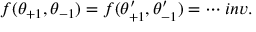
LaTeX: f ( \theta _ { + 1 } , \theta _ { - 1 } ) = f ( \theta _ { + 1 } ^ { \prime } , \theta _ { - 1 } ^ { \prime } ) = \cdots i n v .